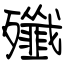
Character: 殲